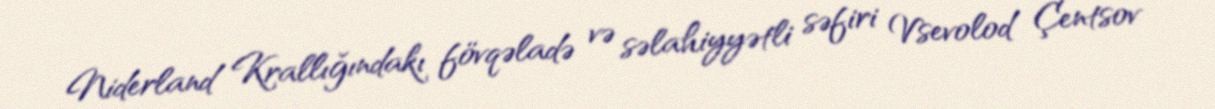
Niderland Krallığındakı fövqəladə və səlahiyyətli səfiri Vsevolod Çentsov